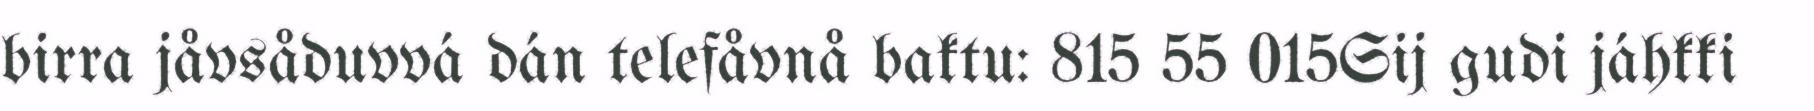
birra jåvsåduvvá dán telefåvnå baktu: 815 55 015Sij gudi jáhkki